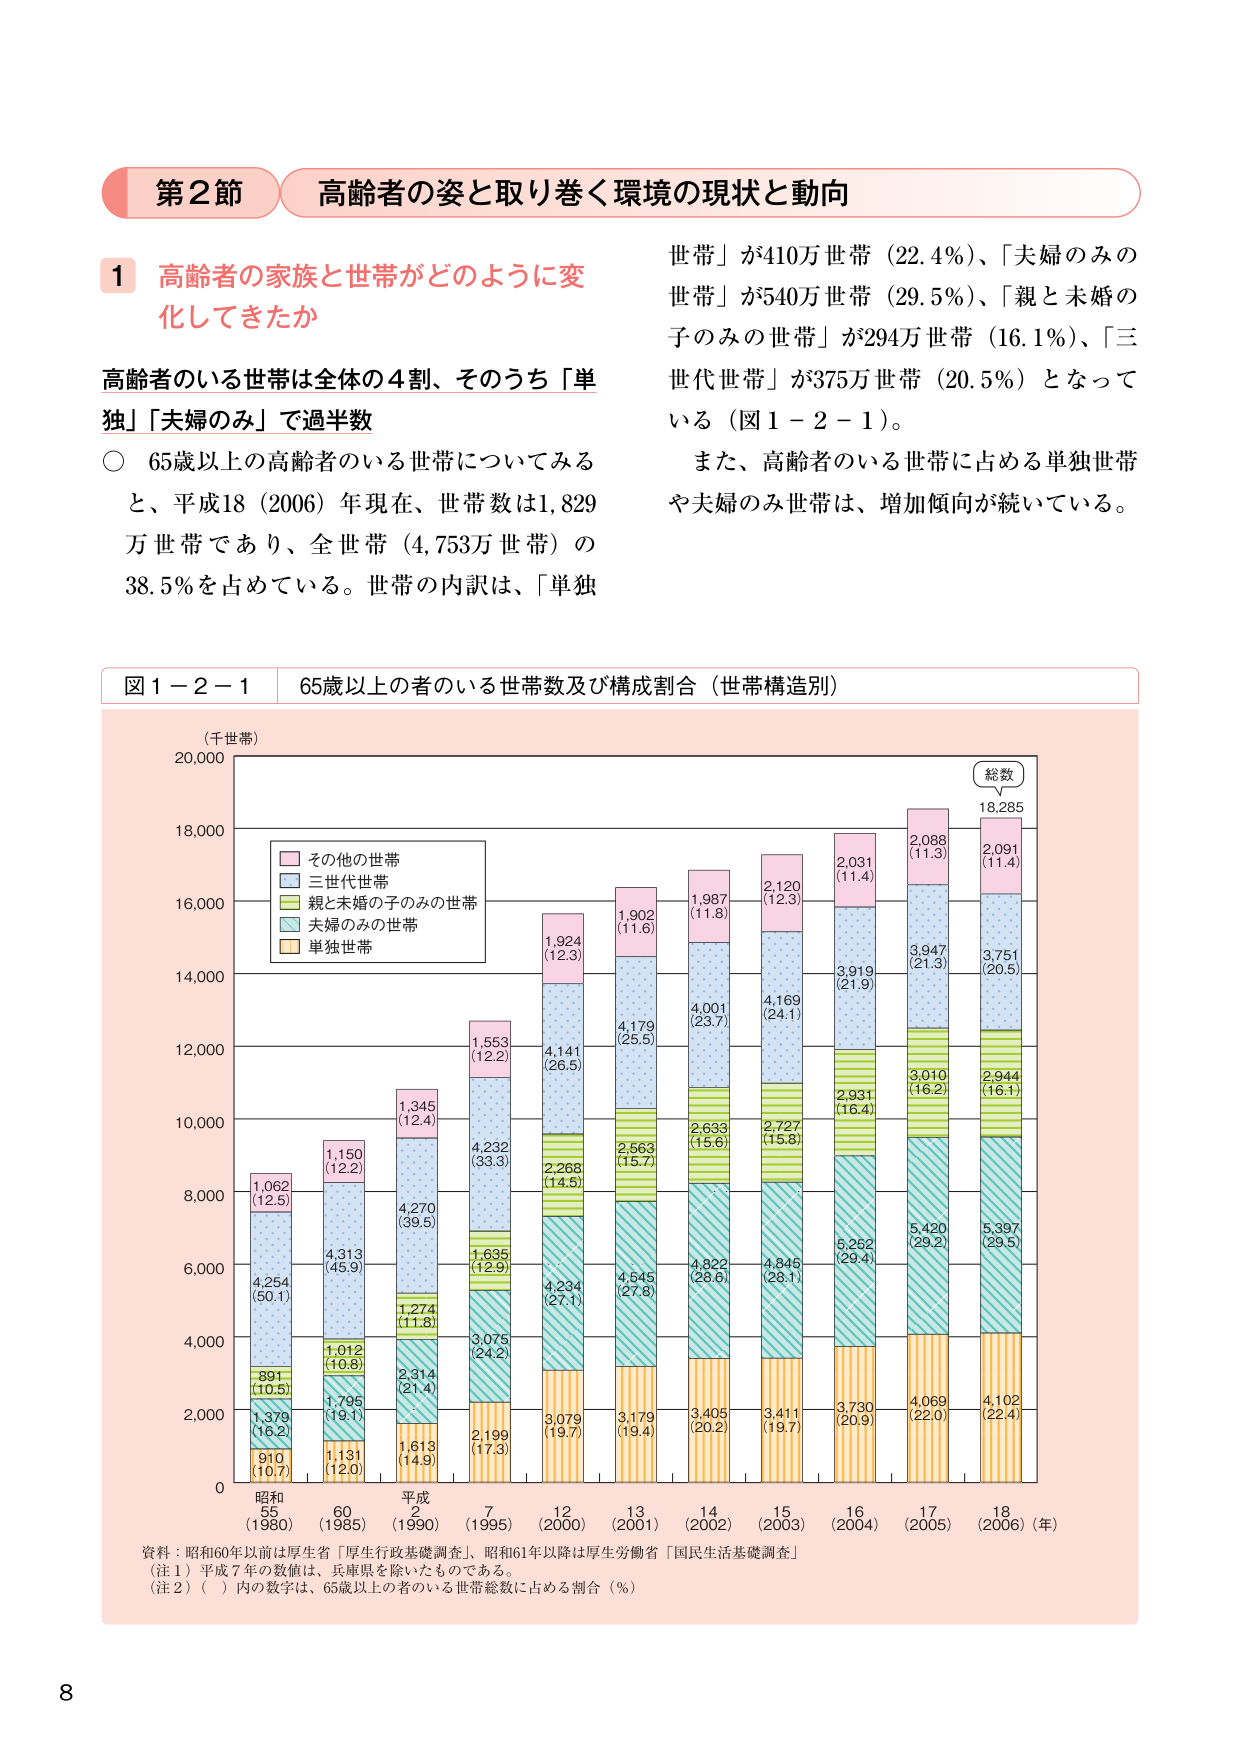
第2節 高齢者の姿と取り巻く環境の現状と動向

1 高齢者の家族と世帯がどのように変化してきたか

高齢者のいる世帯は全体の4割、そのうち「単独」「夫婦のみ」で過半数

○ 65歳以上の高齢者のいる世帯についてみると、平成18（2006）年現在、世帯数は1,829万世帯であり、全世帯（4,753万世帯）の38.5％を占めている。世帯の内訳は、「単独世帯」が410万世帯（22.4％）、「夫婦のみの世帯」が540万世帯（29.5％）、「親と未婚の子のみの世帯」が294万世帯（16.1％）、「三世代世帯」が375万世帯（20.5％）となっている（図1－2－1）。

また、高齢者のいる世帯に占める単独世帯や夫婦のみ世帯は、増加傾向が続いている。

図1－2－1 65歳以上の者のいる世帯数及び構成割合（世帯構造別）

（千世帯）
20,000
18,000
16,000
14,000
12,000
10,000
8,000
6,000
4,000
2,000
0

総数
18,285

その他の世帯
三世代世帯
親と未婚の子のみの世帯
夫婦のみの世帯
単独世帯

1,062
(12.5)
4,254
(50.1)
891
(10.5)
1,379
(16.2)
910
(10.7)

1,150
(12.2)
4,313
(45.9)
1,012
(10.8)
1,795
(19.1)
1,131
(12.0)

1,345
(12.4)
4,270
(39.5)
1,274
(11.8)
2,314
(21.4)
1,613
(14.9)

1,553
(12.2)
4,232
(33.3)
1,635
(12.9)
3,075
(24.2)
2,199
(17.3)

1,924
(12.3)
4,141
(26.5)
2,268
(14.5)
4,234
(27.1)
3,079
(19.7)

1,902
(11.6)
4,179
(25.5)
2,563
(15.7)
4,545
(27.8)
3,179
(19.4)

1,987
(11.8)
4,001
(23.7)
2,633
(15.6)
4,822
(28.6)
3,405
(20.2)

2,120
(12.3)
4,169
(24.1)
2,727
(15.8)
4,845
(26.1)
3,411
(19.7)

2,031
(11.4)
3,919
(21.9)
2,931
(16.4)
5,252
(29.4)
3,730
(20.9)

2,088
(11.3)
3,947
(21.3)
3,010
(16.2)
5,420
(29.2)
4,069
(22.0)

2,091
(11.4)
3,751
(20.5)
2,944
(16.1)
5,397
(29.5)
4,102
(22.4)

昭和
55
(1980)
60
(1985)
平成
2
(1990)
7
(1995)
12
(2000)
13
(2001)
14
(2002)
15
(2003)
16
(2004)
17
(2005)
18
(2006)（年）

資料：昭和60年以前は厚生省「厚生行政基礎調査」、昭和61年以降は厚生労働省「国民生活基礎調査」
（注1）平成7年の数値は、兵庫県を除いたものである。
（注2）（　）内の数字は、65歳以上の者のいる世帯総数に占める割合（％）

8